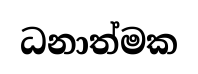
ධනාත්මක